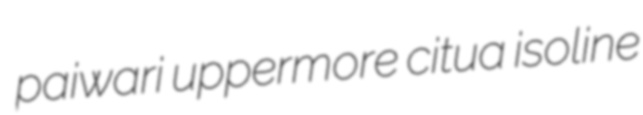
paiwari uppermore citua isoline